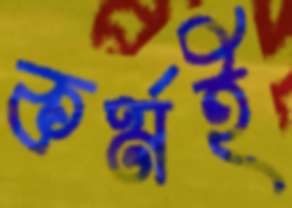
কর্মই